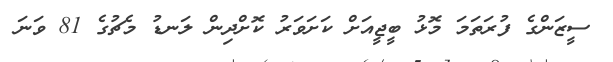
ސީޒަންގެ ފުރަތަމަ މޮޅު ބީޖީއަށް ކަށަވަރު ކޮށްދިން ލަނޑު މެޗުގެ 81 ވަނަ